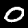
Digit: 0